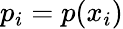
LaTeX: p_{i}=p(x_{i})